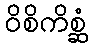
ဝိစိကိစ္ဆံ